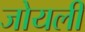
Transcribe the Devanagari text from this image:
जोयली